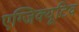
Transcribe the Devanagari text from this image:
एग्जिक्यूटिव